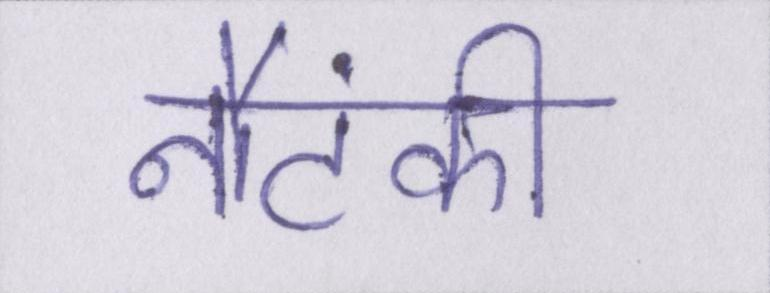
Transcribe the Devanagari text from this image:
नौटंकी